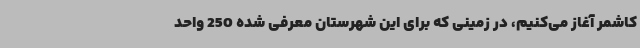
کاشمر آغاز می‌کنیم، در زمینی که برای این شهرستان معرفی شده 250 واحد